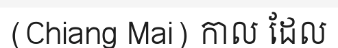
(Chiang Mai) កាល ដែល